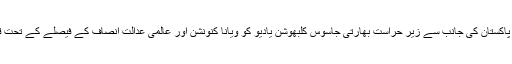
واضح رہے کہ 2 ستمبر کو پاکستان کی جانب سے زیر حراست بھارتی جاسوس کلبھوشن یادیو کو ویانا کنونشن اور عالمی عدالت انصاف کے فیصلے کے تحت قونصلر رسائی دی گئی تھی۔